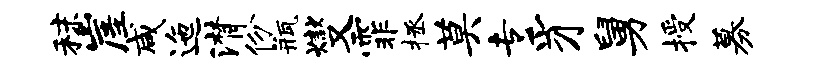
秣崖咸迤潸份瓶燮霏拯莫专豸舅授募